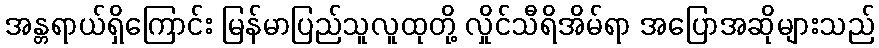
အန္တရာယ်ရှိကြောင်း မြန်မာပြည်သူလူထုတို့ လှိုင်သီရိအိမ်ရာ အပြောအဆိုများသည်